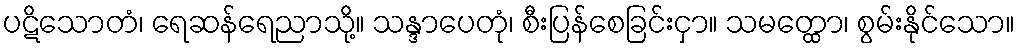
ပဋိသောတံ၊ ရေဆန်ရေညာသို့။ သန္ဒာပေတုံ၊ စီးပြန်စေခြင်းငှာ။ သမတ္ထော၊ စွမ်းနိုင်သော။